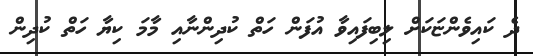
ދެ ކައިވެންޏަކަށް ލިބިފައިވާ އުފަން ހަތް ކުދިންނާއި މާމަ ކިޔާ ހަތް ކުދިން